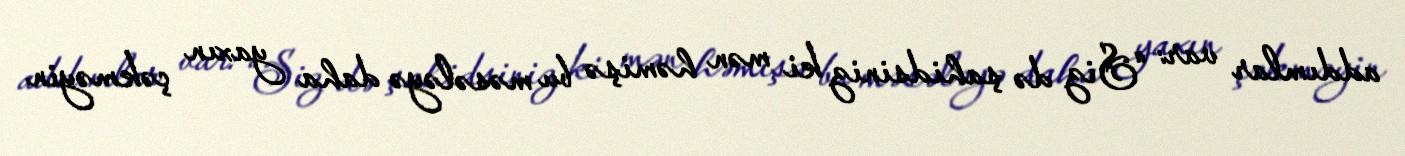
addımlar var: “Siz də şahidsiniz ki mən həmişə bu məsələyə daha yaxın çəkməyin